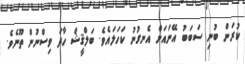
ކުރަން ބުނި ސަބަބު އޭނައަށް އެނގުނު ކަހަލައެވެ. ބަލްޤީޝް ހާދަ ވިސްނުން ތޫނެވެ.